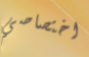
اختصاصي